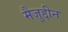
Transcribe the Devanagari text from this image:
मैज़ुद्दीन